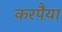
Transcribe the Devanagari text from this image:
करपैया